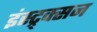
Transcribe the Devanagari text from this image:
इंस्ट्र्क्सन